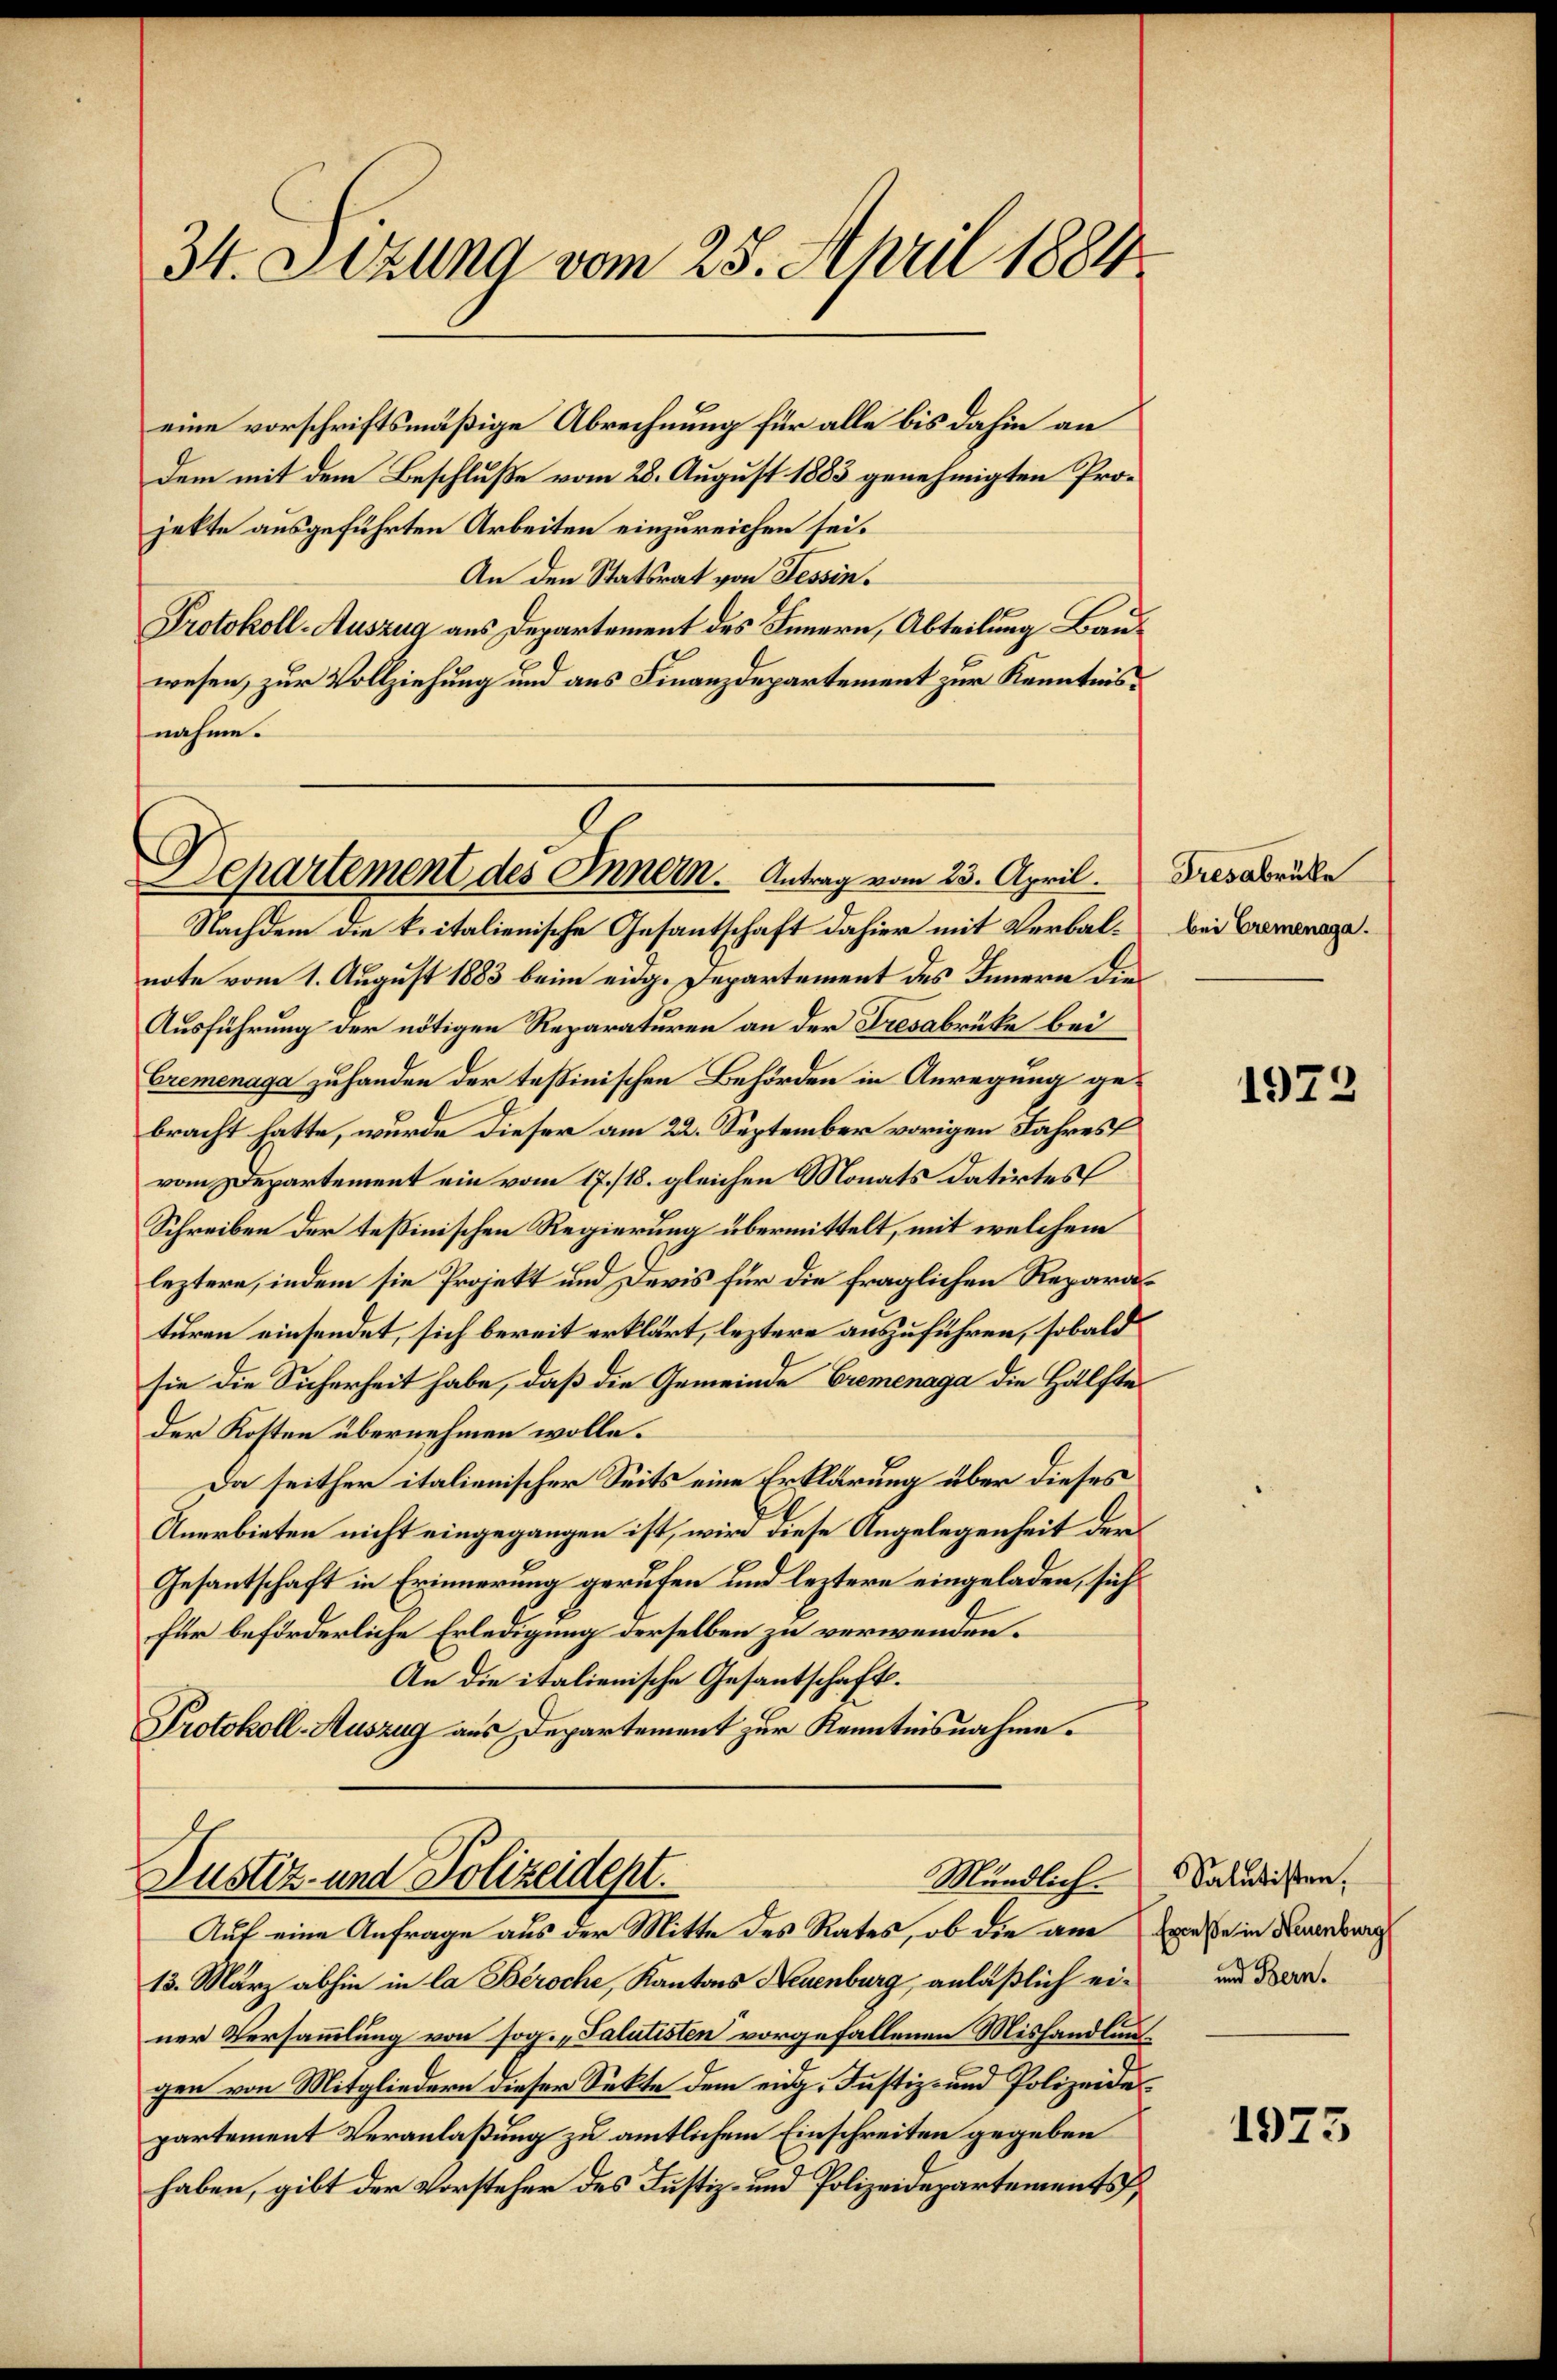
34. Setzung vom 25. April 1884.

eine vorschriftsmäßige Abrechnung für alle bis dahin an
Dem mit dem Beschluße vom 28. August 1883 genehmigten Projekte ausgeführten Arbeiten einzureichen sei.
An den Statsrat von Tessin.
Protokoll-Auszug aus Departement des Innern, Abteilung Bauwesen, zur Vollziehung und aus Finanzdepartement zur Kenntnis
nahme.

Departement des Innern. Antrag vom 23. April.

Nachdem die kritalienische Gesantschaft dahier mit Verbal- bei Bremenage.
note vom 1. August 1883 beim eidg. Departement des Innern die
Ausführung der nötigen Reparaturen an der Tresabrüke bei
Bremenaga zuhanden der Teßinischen Behörden in Anregung gebracht hatte, wurde dieser am 22. September vorigen Jahres
vom Departement ein vom 17./18. gleichen Monats datirtes
Schreiben der teßinischen Regierung übermittelt, mit welchem
leztere, indem sie Projekt und Devis für die fraglichen Reparaturen einsendet, sich bereit erklärt, leztere auszuführen, sobald
sie die Sicherheit habe, daß die Gemeinde Cremenaga die Hälfte
der Kosten übernehmen wolle.
Da seither italienischer Seits eine Erklärung über dieses
Anerbieten nicht eingegangen ist, wird diese Angelegenheit der
Gesandtschaft in Erinnerung gerufen und leztere eingeladen, sich
Für beförderliche Erledigung derselben zu verwenden.
An die italienische Gesantschaft.
Protokoll-Auszug aus Departement zur Kenntnisnahme.

Mündlich.
Justiz- und Polizeidept.
Auf eine Anfrage aus der Mitte des Rates, ob die am Ende in Neuenburg

13. März abhin in la Beroche, Kantons Neuenburg, anläßlich einer Versammlung von sog. „Palutisten vorgefallenen Mishandlungen von Mitgliedern dieser Sekte dem eidg. Justiz- und Polizeides
partement Veranlaßung zu amtlichem Einschreiten gegeben
haben, gibt der Vorsteher des Justiz- und Polizeidepartements

Tresabrücke

1973

Salutisten,
und Bern.

1923